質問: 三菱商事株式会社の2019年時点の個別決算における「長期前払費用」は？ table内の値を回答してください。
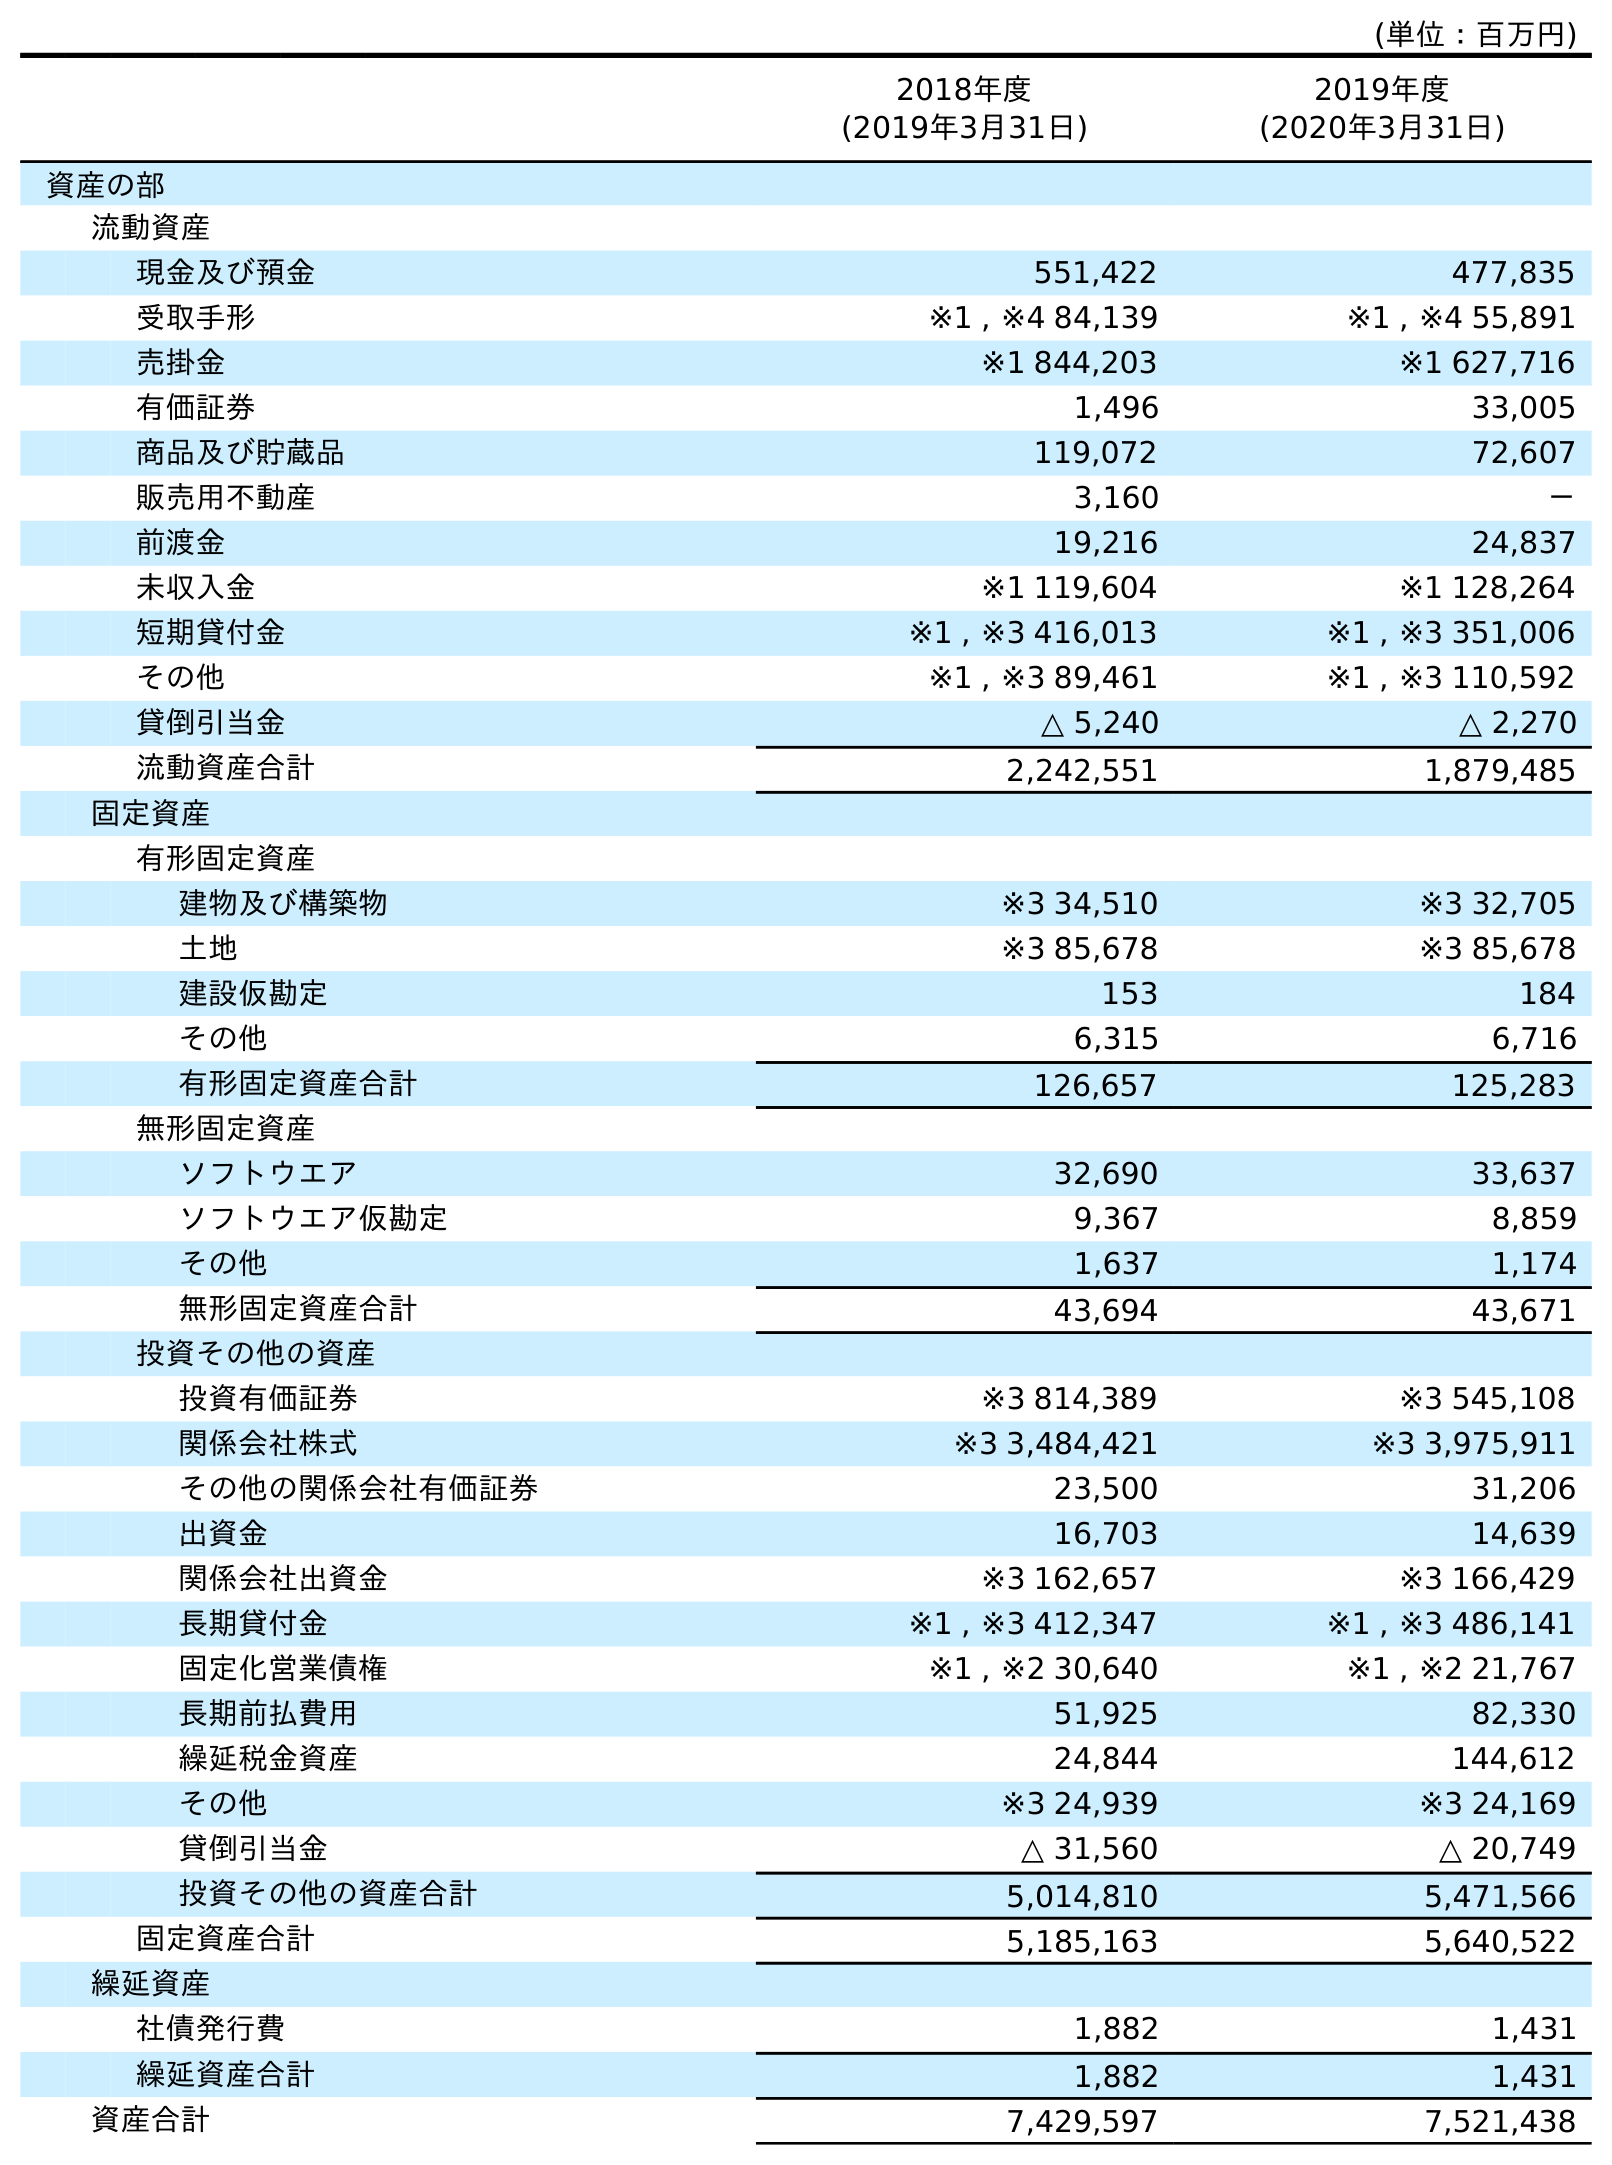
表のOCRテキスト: (単位：百万円) 2018年度 (2019年3月31日) 2019年度 (2020年3月31日) 資産の部 流動資産 現金及び預金 551,422 477,835 受取手形 ※1 , ※4 84,139 ※1 , ※4 55,891 売掛金 ※1 844,203 ※1 627,716 有価証券 1,496 33,005 商品及び貯蔵品 119,072 72,607 販売用不動産 3,160 － 前渡金 19,216 24,837 未収入金 ※1 119,604 ※1 128,264 短期貸付金 ※1 , ※3 416,013 ※1 , ※3 351,006 その他 ※1 , ※3 89,461 ※1 , ※3 110,592 貸倒引当金 △ 5,240 △ 2,270 流動資産合計 2,242,551 1,879,485 固定資産 有形固定資産 建物及び構築物 ※3 34,510 ※3 32,705 土地 ※3 85,678 ※3 85,678 建設仮勘定 153 184 その他 6,315 6,716 有形固定資産合計 126,657 125,283 無形固定資産 ソフトウエア 32,690 33,637 ソフトウエア仮勘定 9,367 8,859 その他 1,637 1,174 無形固定資産合計 43,694 43,671 投資その他の資産 投資有価証券 ※3 814,389 ※3 545,108 関係会社株式 ※3 3,484,421 ※3 3,975,911 その他の関係会社有価証券 23,500 31,206 出資金 16,703 14,639 関係会社出資金 ※3 162,657 ※3 166,429 長期貸付金 ※1 , ※3 412,347 ※1 , ※3 486,141 固定化営業債権 ※1 , ※2 30,640 ※1 , ※2 21,767 長期前払費用 51,925 82,330 繰延税金資産 24,844 144,612 その他 ※3 24,939 ※3 24,169 貸倒引当金 △ 31,560 △ 20,749 投資その他の資産合計 5,014,810 5,471,566 固定資産合計 5,185,163 5,640,522 繰延資産 社債発行費 1,882 1,431 繰延資産合計 1,882 1,431 資産合計 7,429,597 7,521,438
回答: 51,925